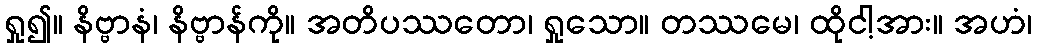
ရှု၍။ နိဗ္ဗာနံ၊ နိဗ္ဗာန်ကို။ အတိပဿတော၊ ရှုသော။ တဿမေ၊ ထိုငါ့အား။ အဟံ၊